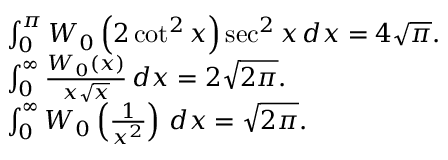
{ \begin{array} { r l } & { \int _ { 0 } ^ { \pi } W _ { 0 } \left( 2 \cot ^ { 2 } x \right) \sec ^ { 2 } x \, d x = 4 { \sqrt { \pi } } . } \\ & { \int _ { 0 } ^ { \infty } { \frac { W _ { 0 } ( x ) } { x { \sqrt { x } } } } \, d x = 2 { \sqrt { 2 \pi } } . } \\ & { \int _ { 0 } ^ { \infty } W _ { 0 } \left( { \frac { 1 } { x ^ { 2 } } } \right) \, d x = { \sqrt { 2 \pi } } . } \end{array} }